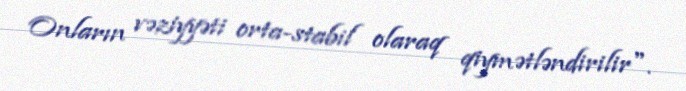
Onların vəziyyəti orta-stabil olaraq qiymətləndirilir".